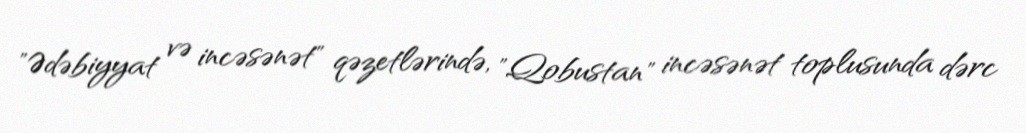
"Ədəbiyyat və incəsənət" qəzetlərində, "Qobustan" incəsənət toplusunda dərc